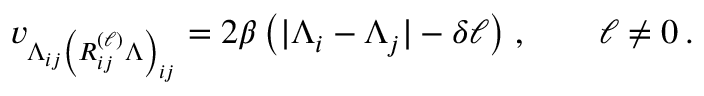
v _ { \Lambda _ { i j } \left( R _ { i j } ^ { ( \ell ) } \Lambda \right) _ { i j } } = 2 \beta \, \big ( | \Lambda _ { i } - \Lambda _ { j } | - \delta \ell \big ) \; , \qquad \ell \not = 0 \, .